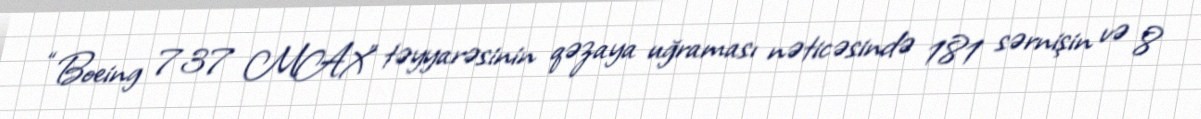
“Boeing 737 MAX” təyyarəsinin qəzaya uğraması nəticəsində 181 sərnişin və 8